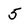
Character: 5